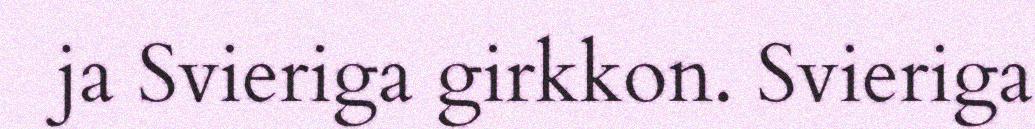
ja Svieriga girkkon. Svieriga